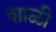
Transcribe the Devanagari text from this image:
शाळी